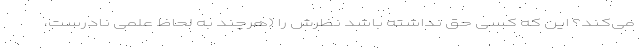
می‌کند؟ این که کسی حق نداشته باشد نظرش را (هرچند به لحاظ علمی نادرست،